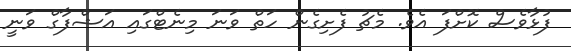
ފުޅާވެސް ކޮށްފަ އެވެ. މެޗު ފެށިގެން ހަތް ވަނަ މިނެޓްގައި އަޝްފާގް ވަނީ